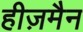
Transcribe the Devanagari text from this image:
हीज़मैन